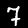
Digit: 7